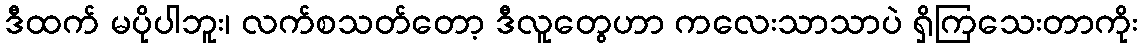
ဒီထက် မပိုပါဘူး၊ လက်စသတ်တော့ ဒီလူတွေဟာ ကလေးသာသာပဲ ရှိကြသေးတာကိုး